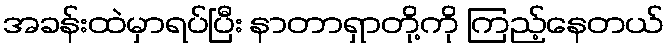
အခန်းထဲမှာရပ်ပြီး နာတာရှာတို့ကို ကြည့်နေတယ်